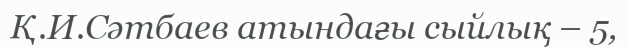
Қ.И.Сәтбаев атындағы сыйлық – 5,